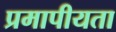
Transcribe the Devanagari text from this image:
प्रमापीयता